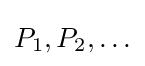
P_{1},P_{2},\ldots